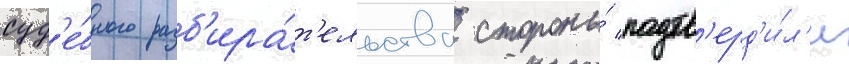
суд'е́бного разб'ира́т'ельства стороны́ подтв'ерд'и́л'и